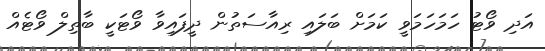
އަދި ވޯޓު ހަމަހަމަވީ ކަމަށް ބަލައި ރިއާސަތުން ދީފައިވާ ވޯޓަކީ ބާތިލް ވޯޓެއް